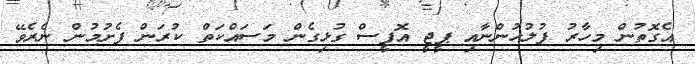
އެގޮތުން މިހާރު ފުލުހުންނާއި ޕީޖީ އޮފީސް ގުޅިގެން މަސައްކަތް ކުރަން ފެށުމުން ނެރެވޭ